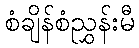
စံချိန်စံညွှန်းမီ